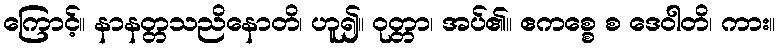
ကြောင့်။ နာနတ္တသညိနောတိ၊ ဟူ၍။ ဝုတ္တာ၊ အပ်၏။ ဧကစ္စေ စ ဒေဝါတိ၊ ကား။